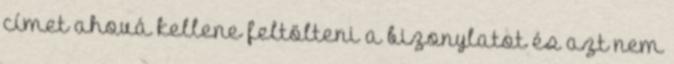
címet ahová kellene feltölteni a bizonylatot és azt nem